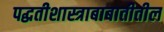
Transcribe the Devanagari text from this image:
पद्धतीशास्त्राबाबातीतील